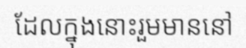
ដែលក្នុងនោះរួមមាននៅ